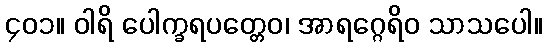
၄၀၁။ ဝါရိ ပေါက္ခရပတ္တေဝ၊ အာရဂ္ဂေရိဝ သာသပေါ။